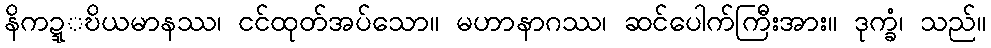
နိကဍ္ဍ္ဎိယမာနဿ၊ ငင်ထုတ်အပ်သော။ မဟာနာဂဿ၊ ဆင်ပေါက်ကြီးအား။ ဒုက္ခံ၊ သည်။